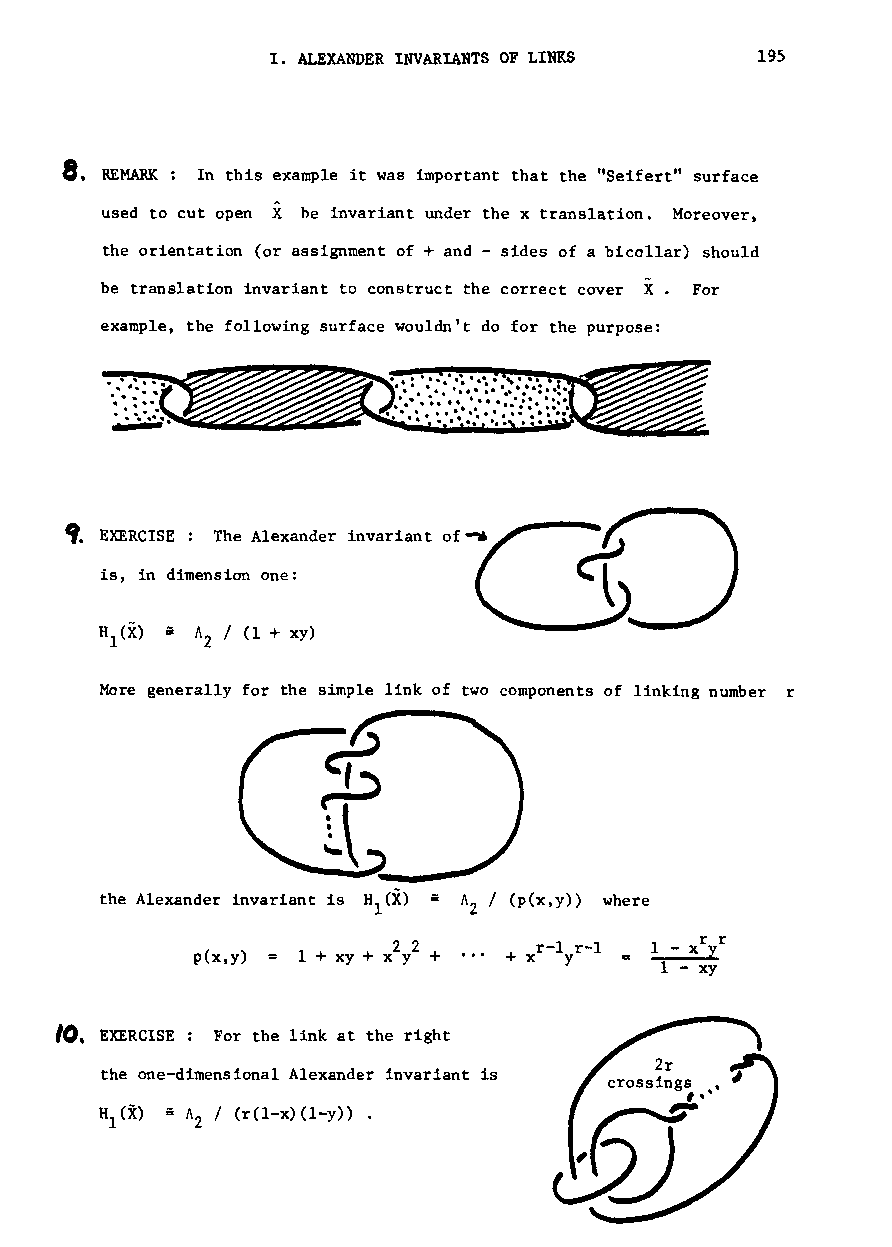
I. ALEXANDER INVARIANTS OF LINKS 195
 8.
 REMARK: In this example it was important that the "Seifert" surface
 used to cut open X be invariant under the x translation. Moreover,
 the orientation (or assignment of + and - sides of a bicollar) should
 be translation invariant to construct the correct cover X. For
 example, the following surface wouldn't do for the purpose:
 ,. EXERCISE: The Alexander
 is, in dimension one:
 A / (1 + xy)
 2
 More generally for the simple link of two components of linking number r
 the Alexander invariant is Hl(X) A / (p(x,y» where
 Z
 p(x,y) 1 + xy + x2 y2 + + xr-l yr-l 1 - xr yr
 1 - xy
 Ie). EXERCISE: For the link at the right
 the one-dimensional Alexander invariant is